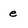
Character: e